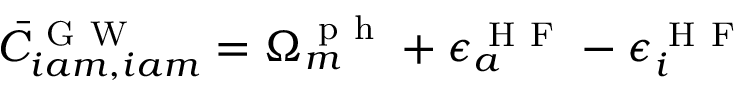
\bar { C } _ { i a m , i a m } ^ { \mathrm { ~ G ~ W ~ } } = \Omega _ { m } ^ { \mathrm { ~ p ~ h ~ } } + \epsilon _ { a } ^ { \mathrm { ~ H ~ F ~ } } - \epsilon _ { i } ^ { \mathrm { ~ H ~ F ~ } }